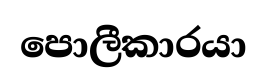
පොලීකාරයා